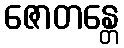
ဇောတန္တေ